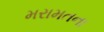
મરામતના